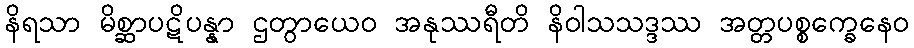
နိရသာ မိစ္ဆာပဋိပန္နာ ဌတွာယေဝ အနုဿရီတိ နိဝါသသဒ္ဒဿ အတ္တပစ္စက္ခေနေဝ